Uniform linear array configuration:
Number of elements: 24
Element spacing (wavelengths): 0.25
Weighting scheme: uniform
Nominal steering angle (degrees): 60
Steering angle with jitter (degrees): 58.034
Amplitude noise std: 0.05
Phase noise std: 0.05

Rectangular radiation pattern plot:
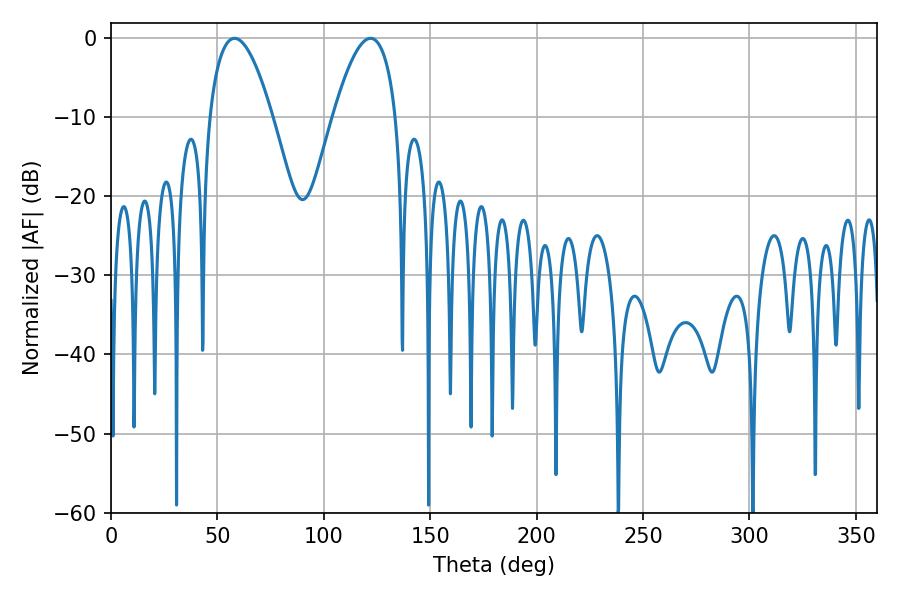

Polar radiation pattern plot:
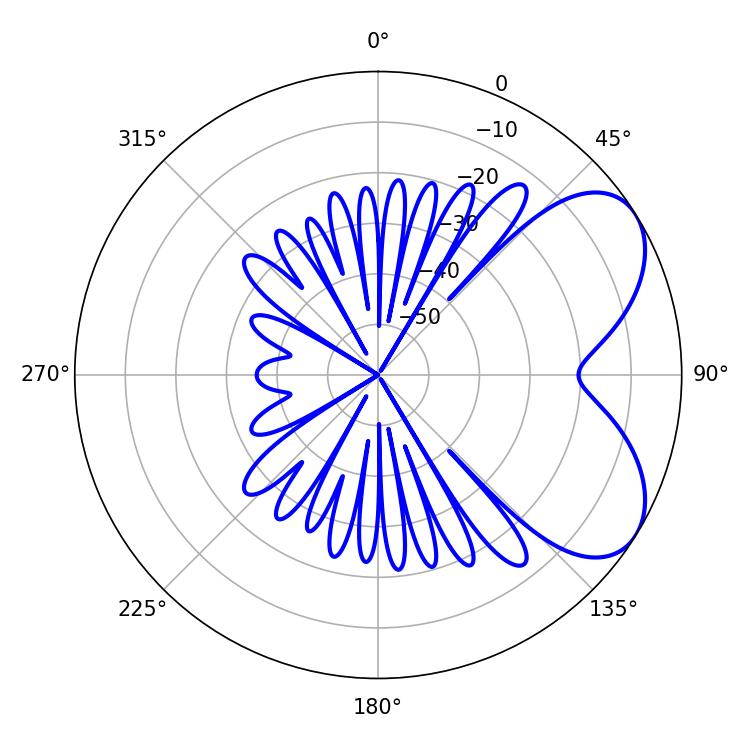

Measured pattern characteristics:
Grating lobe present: FALSE
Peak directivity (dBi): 5.756
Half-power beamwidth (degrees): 16.2
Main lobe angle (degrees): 58.14